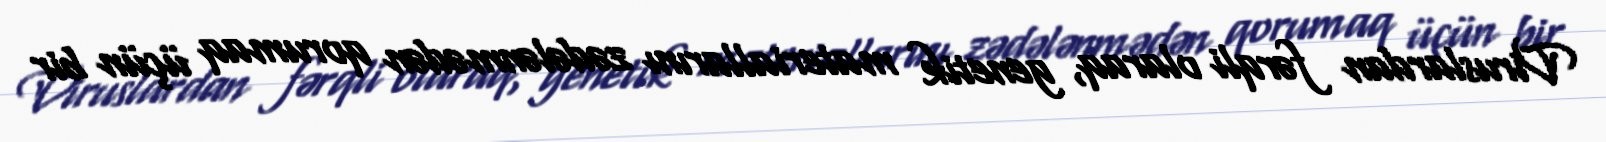
Viruslardan fərqli olaraq, genetik materiallarını zədələnmədən qorumaq üçün bir